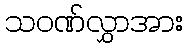
သဝဏ်လွှာအား